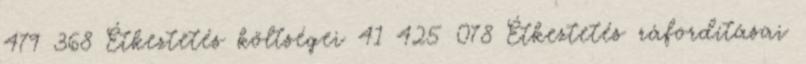
479 368 Étkeztetés költségei 41 425 078 Étkeztetés ráfordításai